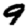
Digit: 9